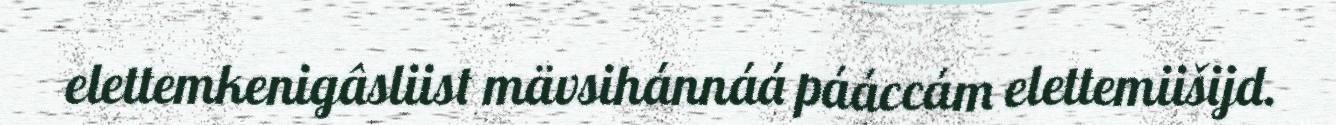
elettemkenigâsliist mävsihánnáá pááccám elettemiišijd.